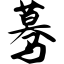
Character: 蓦